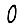
Digit: 0